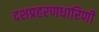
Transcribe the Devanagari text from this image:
दशप्रहरणधारिणी